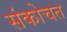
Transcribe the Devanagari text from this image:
संकोचत